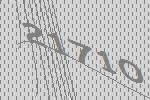
21710